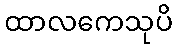
ထာလကေသုပိ